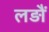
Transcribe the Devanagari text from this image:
लड़ौं